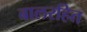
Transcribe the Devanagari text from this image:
बालरहित